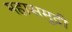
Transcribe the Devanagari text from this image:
महासमुद्री